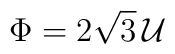
\Phi= 2 \sqrt{3} \, {\cal U}